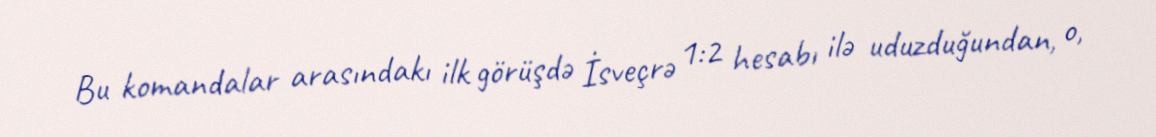
Bu komandalar arasındakı ilk görüşdə İsveçrə 1:2 hesabı ilə uduzduğundan, o,